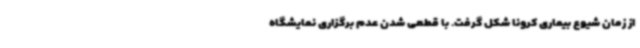
از زمان شیوع بیماری کرونا شکل گرفت. با قطعی شدن عدم برگزاری نمایشگاه